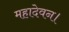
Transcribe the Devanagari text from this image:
महादेवन।